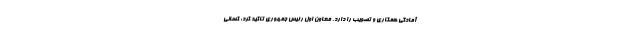
آمادگی همکاری و تصویب را دارد. معاون اول رئیس جمهوری تاکید کرد: کسانی